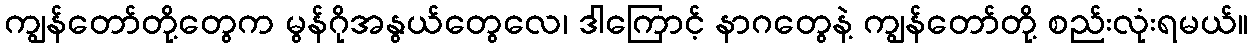
ကျွန်တော်တို့တွေက မွန်ဂိုအနွယ်တွေလေ၊ ဒါကြောင့် နာဂတွေနဲ့ ကျွန်တော်တို့ စည်းလုံးရမယ်။